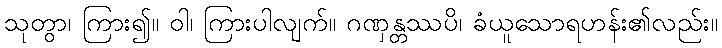
သုတွာ၊ ကြား၍။ ဝါ၊ ကြားပါလျက်။ ဂဏှန္တဿပိ၊ ခံယူသောရဟန်း၏လည်း။